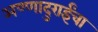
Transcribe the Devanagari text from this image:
अण्णादुराईंचा